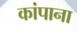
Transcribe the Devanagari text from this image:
कांपाना